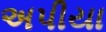
અપીયા